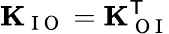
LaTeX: \mathbf{K}_{\mathrm{~I~O~}}=\mathbf{K}_{\mathrm{~O~I~}}^{\mathsf{T}}